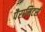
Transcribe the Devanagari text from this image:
पैरामिटर्स